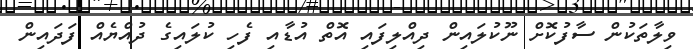
ވިލާތަކުން ސާފުކޮށް ނޫކުލައިން ދިއްލިފައި އޮތް އުޑާއި ފެހި ކުލައިގެ ދުއްޔެއް ފަދައިން